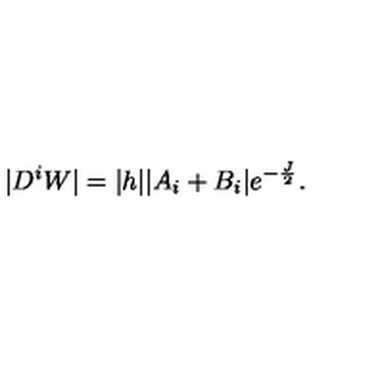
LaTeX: | D ^ { i } W | = | h | | A _ { i } + B _ { i } | e ^ { - \frac { J } { 2 } } .